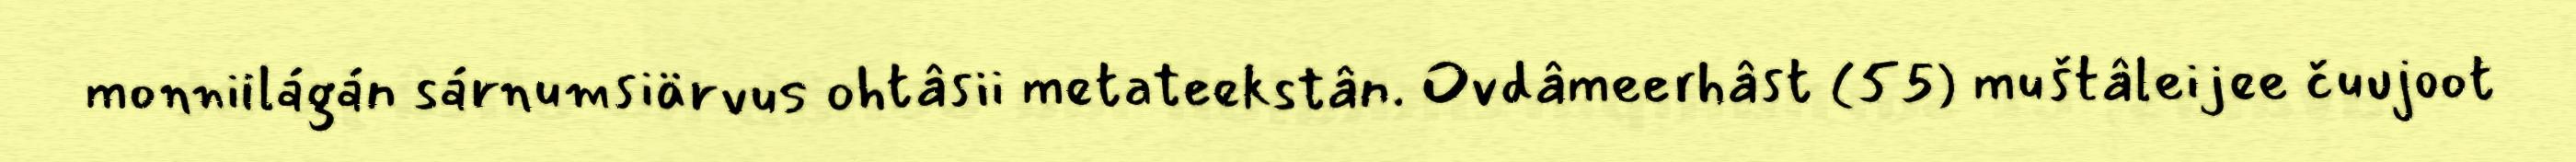
monniilágán sárnumsiärvus ohtâsii metateekstân. Ovdâmeerhâst (55) muštâleijee čuujoot